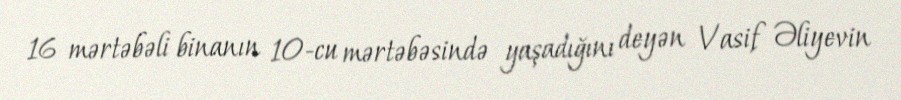
16 mərtəbəli binanın 10-cu mərtəbəsində yaşadığını deyən Vasif Əliyevin